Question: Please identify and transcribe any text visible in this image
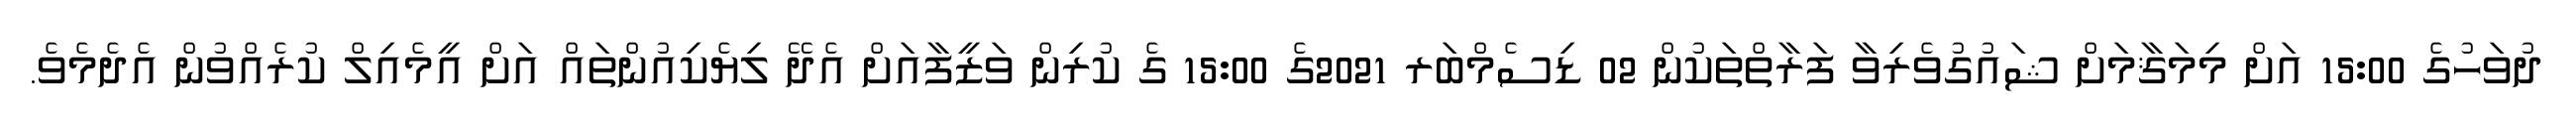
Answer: ދުވަހުގެ 15:00 އަށް މިމަޤާމަށް ޝައުގުވެރިވާ ފަރާތްތަކުން 02 ޑިސެމްބަރ 2021ގެ 15:00 ގެ ކުރިން ވަޒީފާއަށް އެދޭ ލިޔެކިއުންތައް އަށް އީމެއިލް ކުރެއްވުން އެދެމެވެ.